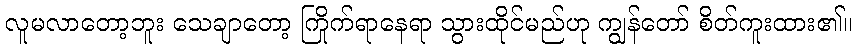
လူမလာတော့ဘူး သေချာတော့ ကြိုက်ရာနေရာ သွားထိုင်မည်ဟု ကျွန်တော် စိတ်ကူးထား၏။